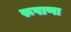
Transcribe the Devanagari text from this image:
रूपाणा